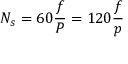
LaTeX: N _ { s } = 6 0 { \frac { f } { P } } = 1 2 0 { \frac { f } { p } }